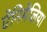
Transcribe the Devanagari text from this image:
ऐनिमेलिया